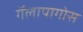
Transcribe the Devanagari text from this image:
गॅलापागोस